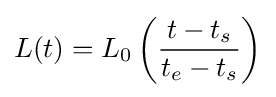
L(t)=L_{0}\left({\frac {t-t_{s}}{t_{e}-t_{s}}}\right)